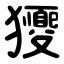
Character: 獿